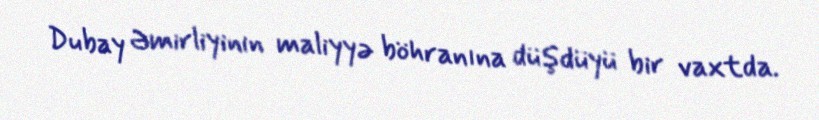
Dubay Əmirliyinin maliyyə böhranına düşdüyü bir vaxtda.